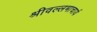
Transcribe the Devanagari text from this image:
श्रीवल्‍लभाचार्य